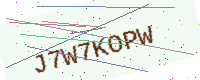
Text: J7W7KOPW